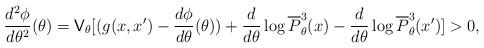
LaTeX: \begin{align*}\frac{d^2\phi}{d\theta^2} (\theta)=\mathsf{V}_\theta [(g(x,x')- \frac{d \phi}{d \theta}(\theta))+ \frac{d}{d\theta} \log \overline{P}^3_{\theta}(x)- \frac{d}{d\theta} \log \overline{P}^3_{\theta}(x')]>0,\end{align*}